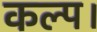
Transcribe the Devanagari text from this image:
कल्प।